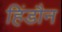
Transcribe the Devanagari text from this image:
हिंडौन